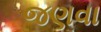
જણવા